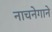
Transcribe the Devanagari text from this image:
नाचनेगाने